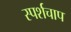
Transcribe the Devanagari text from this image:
स्पर्शचाप